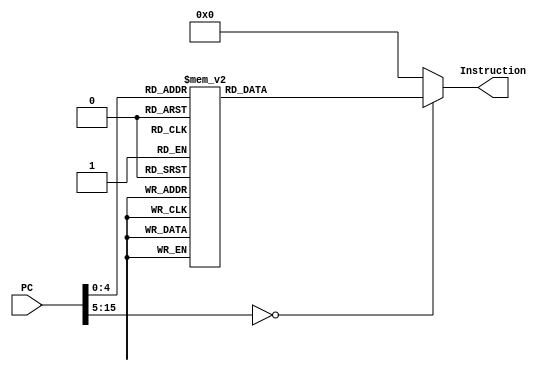

`timescale 1ns / 1ns


module IMem(

	input [15:0] PC,          
	output reg [31:0] Instruction
);

always @(PC)
	begin
	case(PC)
	/*
	
		0:  Instruction = 32'b000000_00000_00000_0000000000000000;		// NOOP
		// Put some values into R1, R2, R3, R4
		1:  Instruction = 32'b110010_00001_00001_0000000000000001;		// ADDI $R1, $R1, 0x00000001		
		2:  Instruction = 32'b110010_00010_00010_0000000000000010;		// ADDI $R2, $R2, 0x00000002	
		3:  Instruction = 32'b110010_00011_00011_0000000000000011;		// ADDI $R3, $R3, 0x00000003
		4:  Instruction = 32'b110010_00100_00100_0000000000000001;		// ADDI $R4, $R4, 0X00000001
		// Start the main instructions
		5:  Instruction = 32'b100010_00001_00010_0000000000000010; 		// BLT $R1, $R2, 0x00000008  (1 < 2? -> 8)
		6:  Instruction = 32'b000000_00000_00000_0000000000000000;		// NOOP
		7:  Instruction = 32'b000000_00000_00000_0000000000000000;		// NOOP
		8:  Instruction = 32'b100011_00001_00100_0000000000000010;		// BLE $R1, R4, 0x00000000A  (1 <= 1? -> 11)
		9:  Instruction = 32'b000000_00000_00000_0000000000000000;		// NOOP
		10: Instruction = 32'b000000_00000_00000_0000000000000000;		// NOOP		
		11: Instruction = 32'b111110_00011_00001_0000000000000100;     // SW $R3, R1(0x0004) (3 -> M[5])
		13: Instruction = 32'b111101_00101_00001_0000000000000100;     // LW $R5, R1(0x0004) (M[5](3) -> R5)
		14: Instruction = 32'b111010_01010_00000_1111111111111111; 		// LUI$R10, 0xFFFF
		15: Instruction = 32'b010110_01000_00001_0001100000000000;     // XOR $R8, $R1, $R3 (001 ^ 011 = 010 -> R8)
		16: Instruction = 32'b110110_00111_00011_0000000000000001;		// XORI $R7, R3, 0x0001; (011 ^ 001 = 010 -> R7)
		17: Instruction = 32'b000000_00000_00000_0000000000000000;		// NOOP
	
		*/
		
		0:  Instruction = 32'b000000_00000_00000_0000000000000000;		// NOOP		
		1:  Instruction = 32'b110010_00001_00001_0000000000000101;		// I, addi r1 with 00000005 		=> r1 = 00000005
		2:  Instruction = 32'b110010_00010_00010_0000000000001010;		// I, addi r2 with 0000000A 		=> r2 = 0000000A
		3:  Instruction = 32'b110010_00011_00011_1111111111111000;		// I, addi r3 with 0000FFF8 		=> r3 = FFFFFFF8
		4:  Instruction = 32'b110011_00100_00100_0000000000000001;		// I, subi r4 with 00000001 		=> r4 = FFFFFFFF
		5:  Instruction = 32'b110100_00101_00101_1010101010101010;		// I, ori r5 with 0000AAAA  		=> r5 = 00000AAAA
		6:  Instruction = 32'b110101_00110_00110_1111111111111111;		// I, andi r6 with 0000FFFF 		=> r6 = 00000000
		7:  Instruction = 32'b010000_00111_00001_0000000000000000;		// R, mov r1 to r7					=> r7 = 00000005
		8:  Instruction = 32'b010000_01000_00010_0000000000000000;		// R, mov r2 to r8					=> r8 = 0000000A
		9:  Instruction = 32'b010000_01001_00000_0000000000000000;		// R, mov r0 to r9					=> r9 = 000000000
		10: Instruction = 32'b010010_01010_00111_01000_00000000000;		// R, r10 = r7 + r8					=> r10 = 0000000F
		11: Instruction = 32'b010011_01011_00111_01000_00000000000;		// R, r11 = r7 - r8					=> r11 = FFFFFFFB
		12: Instruction = 32'b010100_01100_00111_01001_00000000000;		// R, r12 = r7 or r9			  	   => r12 = 00000005
		13: Instruction = 32'b010101_01101_01000_00100_00000000000;		// R, r13 = r8 and r4				=> r13 = 0000000A
		14: Instruction = 32'b100000_01100_01101_1111111111110010;		// BEQ, Jump to 0 when r12 = r13
		15: Instruction = 32'b100000_01000_01101_0000000000000001;		// BEQ, Jump to 17 when r8 = r13
		16: Instruction = 32'b010000_01101_00000_0000000000010000;		// R, mov r0 to r13				 	=> r13 = 00000000
		17: Instruction = 32'b111100_01101_00000_0000000000001000;		// SWI r13 to MEM address 0x08
		18: Instruction = 32'b111011_01110_00000_0000000000001000;		// LWI r14 from MEM address 0x08 => r14 = 0000000A
		19: Instruction = 32'b100001_01101_01110_0000000000000001;		// BNE, Jump to 21 when r13 != r14
		20: Instruction = 32'b111001_01111_00000_0000000000001000;		// LI r15 from immediate 8			=> r15 = 00000008
		21: Instruction = 32'b100001_01100_01110_0000000000000001;		// BNE, Jump to 23 (1??) when r12 != r14
		22: Instruction = 32'b111001_01111_00000_0000000000001011;		// LI r15 from immediate B			=> r15 = 0000000B
		23: Instruction = 32'b010111_10000_01111_01110_00000000000;		// SLT, r16 = (r15 < r14)			=> r16 = 00000001
		24: Instruction = 32'b110111_10001_01111_1111111111111111;		// SLTI, r17 = (r15 < -1)			=> r17 = 00000000
		25: Instruction = 32'b110111_10010_01111_0000000000001001;		// SLTI, r18 = (r15 < 9)			=> r18 = 00000001
		26: Instruction = 32'b000001_00000_00000_0000000000000000;		// Jump to Instr 0 
		default: Instruction = 0; // NOOP		
		
		
	endcase
end

endmodule